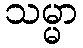
သမ္မာ